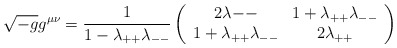
\begin{align*}\sqrt{-g} g^{\mu\nu}={1\over{1-\lambda_{++}\lambda_{--}}}\left(\begin{array}{cc}{2\lambda{--}} & {1+ \lambda_{++}\lambda_{--}}\\{1+\lambda_{++}\lambda_{--}} & {2\lambda_{++}}\end{array}\right)\end{align*}